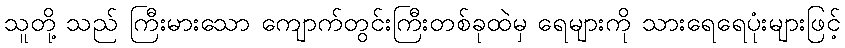
သူတို့ သည် ကြီးမားသော ကျောက်တွင်းကြီးတစ်ခုထဲမှ ရေများကို သားရေရေပုံးများဖြင့်